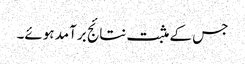
جس کے مثبت نتائج برآمد ہوئے۔